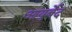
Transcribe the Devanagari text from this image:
आयुर्बेद